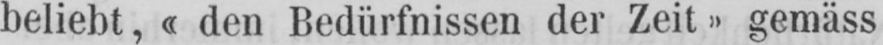
beliebt, «den Bedürfnissen der Zeit» gemäss